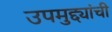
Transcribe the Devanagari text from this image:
उपमुद्द्यांची